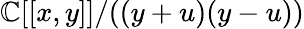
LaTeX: \mathbb{C}[[x,y]]/((y+u)(y-u))